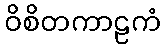
ဝိစိတကာဠကံ